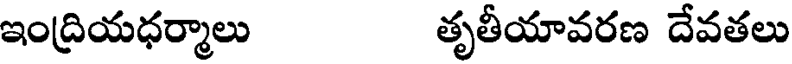
ఇంద్రియధర్మాలు తృతీయావరణ దేవతలు